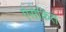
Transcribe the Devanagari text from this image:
ऐसेकित